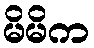
မိမိက